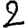
Digit: 2